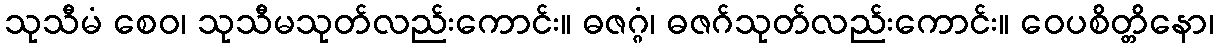
သုသီမံ စေဝ၊ သုသီမသုတ်လည်းကောင်း။ ဓဇဂ္ဂံ၊ ဓဇဂ်သုတ်လည်းကောင်း။ ဝေပစိတ္တိနော၊